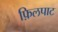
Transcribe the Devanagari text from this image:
फ़िलपाट